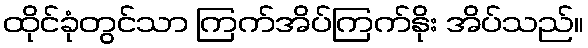
ထိုင်ခုံတွင်သာ ကြက်အိပ်ကြက်နိုး အိပ်သည်။